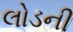
લોડની